Lunatic asylums Punjab 1895-1910 - 1895-1910
Year: 1895
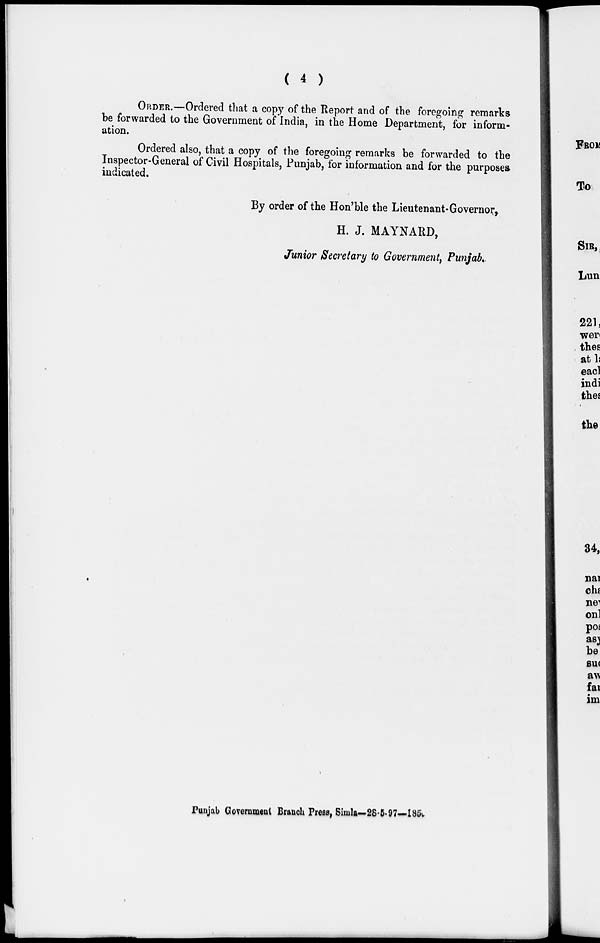
( 4 )
ORDER.-Ordered that a copy of the Report and of the foregoing remarks
be forwarded to the Government of India, in the Home Department, for inform-
ation.
Ordered also, that a copy of the foregoing remarks be forwarded to the
Inspector-General of Civil Hospitals, Punjab, for information and for the purposes
indicated.
By order of the Hon'ble the Lieutenant-Governor,
H. J. MAYNARD,
Junior Secretary to Government, Punjab.
Punjab Government Branch Press, Simla— 28-5-97—185.